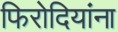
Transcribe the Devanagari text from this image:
फिरोदियांना